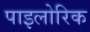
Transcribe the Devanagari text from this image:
पाइलोरिक